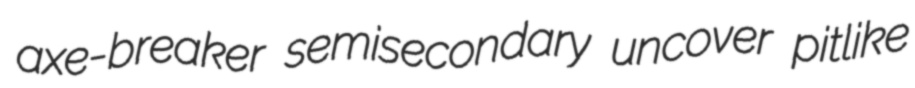
axe-breaker semisecondary uncover pitlike